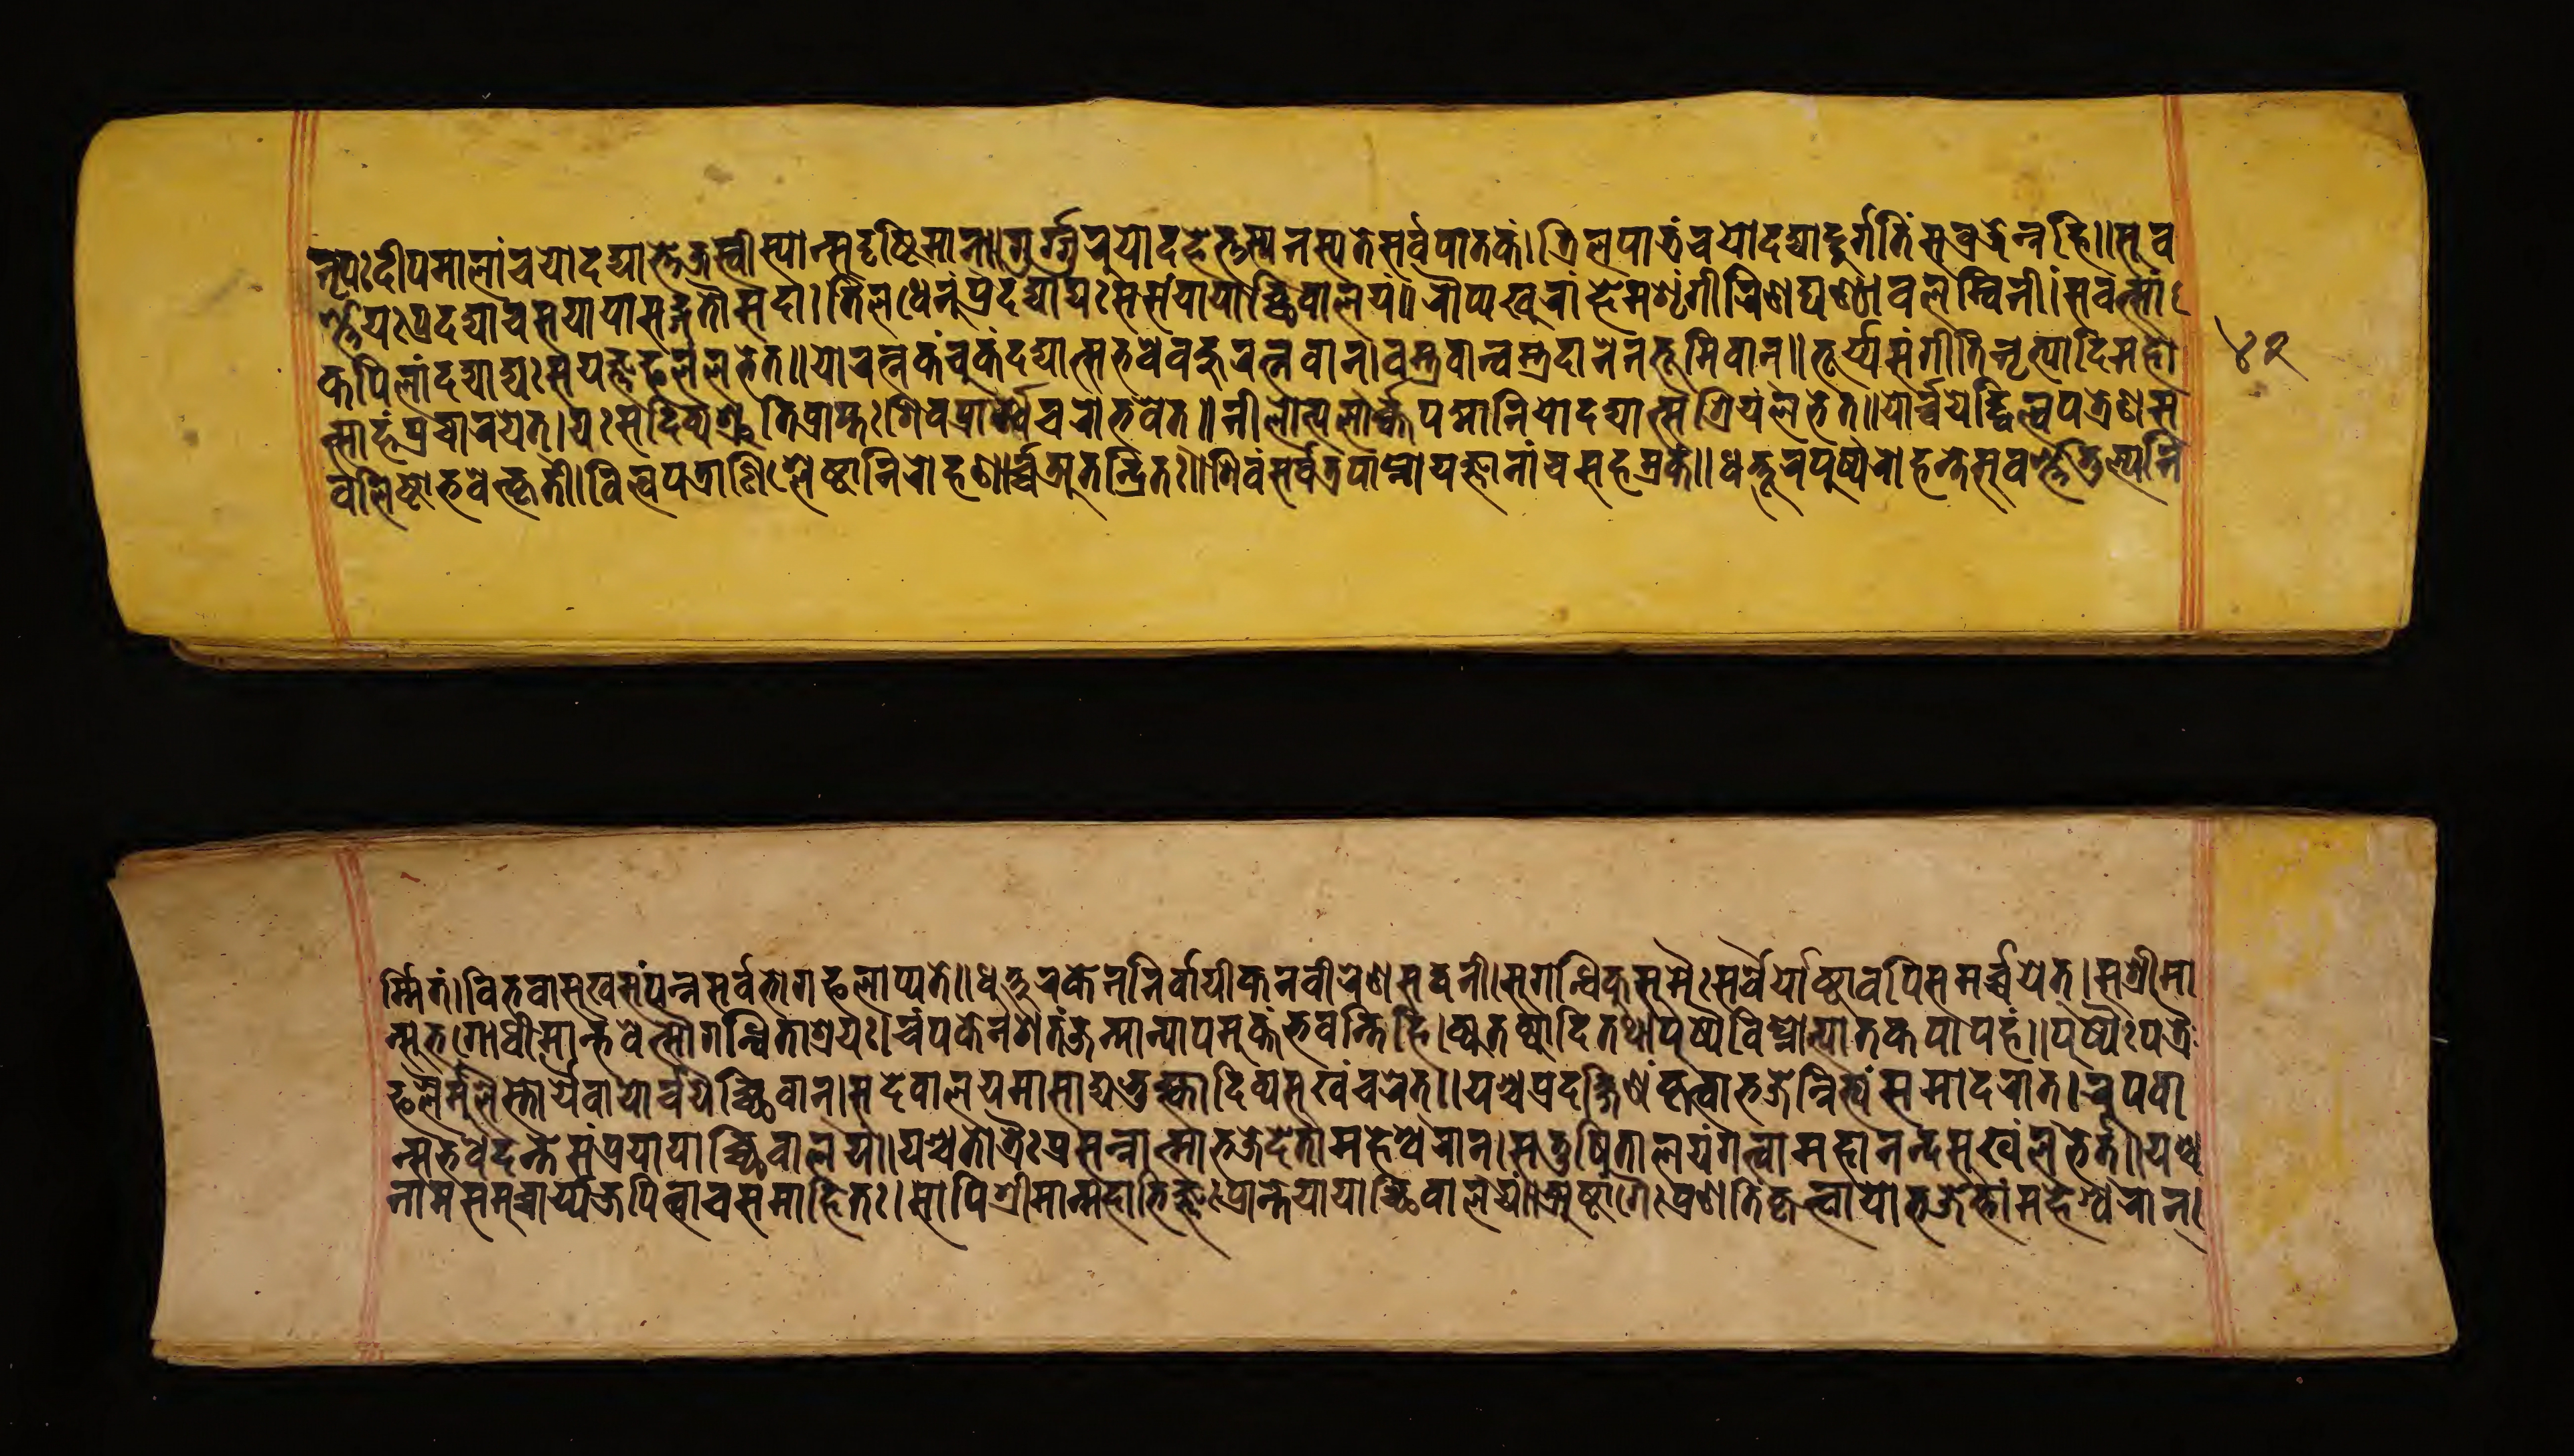
𑐣𑐺𑐥𑑅𑐡𑐷𑐥𑐩𑐵𑐮𑐵𑑄𑐔𑐫𑑀𑐡𑐡𑑂𑐫𑐵𑐟𑑂𑐟𑐾𑐖𑐳𑑂𑐰𑐷𑐳𑑂𑐫𑐵𑐟𑑂𑐳𑐸𑐡𑐺𑐲𑑂𑐚𑐶𑐩𑐵𑐣𑑂॥𑐐𑐸𑐐𑑂𑐐𑐸𑐬𑐸𑑄𑐫𑑀𑐡𑐴𑐾𑐟𑑂𑐟𑐳𑑂𑐫𑐣𑐱𑑂𑐫𑐟𑐾𑐳𑐬𑑂𑐰𑐥𑐵𑐟𑐎𑑄।𑐟𑐶𑐮𑐥𑐵𑐟𑑂𑐬𑑄𑐔𑐫𑑀𑐡𑐡𑑂𑐫𑐵𑐡𑐸𑐬𑑂𑐐𑑂𑐐𑐟𑐶𑐳𑐰𑑂𑐬𑐖𑐾𑐣𑑂𑐣𑐴𑐶॥𑐳𑐸𑐰 𑐬𑑂𑐞𑑄𑐫𑐾𑐥𑑂𑐬𑐡𑐡𑑂𑐫𑐵𑐔𑑂𑐔𑐳𑐫𑐵𑐫𑐵𑐟𑑂𑐳𑐒𑑂𑐐𑐟𑑁𑐳𑐡𑐵।𑐟𑐶𑐮𑐢𑐾𑐣𑐸𑑄𑐥𑑂𑐬𑐡𑐡𑑂𑐫𑐵𑐡𑑂𑐫𑑀𑑅𑐳𑐳𑑄𑐫𑐵𑐫𑐵𑐔𑑂𑐕𑐶𑐰𑐵𑐮𑐫𑑄॥𑐬𑑁𑐥𑑂𑐫𑐏𑐸𑐬𑐵𑑄𑐴𑐾𑐩𑐱𑐺𑑄𑐐𑐷𑐬𑐞𑐡𑑂𑐑𑐞𑑂𑐛𑐵𑐰𑐮𑑄𑐰𑐶𑐣𑐷॥𑐳𑐰𑐟𑑂𑐳𑐵𑑄 𑐎𑐥𑐶𑐮𑐵𑑄𑐡𑐡𑑂𑐫𑐵𑐡𑑂𑐫𑑅𑐳𑐫𑐖𑑂𑐘𑐦𑐥𑐶𑐮𑑄𑐮𑐨𑐾𑐟𑑂॥𑐫𑑀𑐬𑐟𑑂𑐣𑐎𑑄𑐔𑐸𑐎𑑄𑐡𑐡𑑂𑐫𑐵𑐟𑑂𑐳𑐨𑐰𑐾𑐡𑑂𑐧𑐴𑐸𑐬𑐟𑑂𑐣𑐰𑐵𑐣𑑂।𑐰𑐳𑑂𑐟𑑂𑐬𑐰𑐵𑐣𑑂𑐰𑐳𑑂𑐟𑑂𑐬𑐡𑐵𑐣𑐾𑐣𑐨𑐹𑐩𑐶𑐡𑐵𑐣𑐾𑐣𑐨𑐹𑐩𑐶𑐰𑐵𑐣𑑂॥𑐟𑐹𑐬𑑂𑐫𑐳𑑄𑐐𑐷𑐟𑐶𑐣𑐺𑐟𑑂𑐫𑐵𑐡𑐶𑐩𑐴𑑀𑐟𑑂𑐳𑐵𑐴 𑐥𑑂𑐬𑐔𑐵𑐬𑐫𑐾𑐟𑑂।𑐫𑑅𑐳𑐡𑐶𑐰𑑂𑐫𑐱𑑂𑐬𑐸𑐟𑐶𑐥𑑂𑐬𑐵𑐥𑑂𑐟𑑅𑐱𑐶𑐰𑐥𑐵𑐬𑑂𑐱𑑂𑐰𑐔𑐬𑑀𑐨𑐰𑐾𑐟𑑂॥𑐣𑐷𑐮𑑀𑐟𑑂𑐥𑐮𑐵𑐬𑑂𑐎𑐥𑐡𑑂𑐩𑐵𑐣𑐶𑐫𑑀𑐡𑐡𑑂𑐫𑐵𑐟𑑂𑐳𑐱𑑂𑐬𑐶𑐫𑑄𑐮𑐨𑐾𑐟𑑂॥𑐫𑑀𑐬𑑂𑐔𑐫𑐾𑐡𑑂𑐰𑐶𑐮𑑂𑐰𑐥𑐟𑑂𑐬𑐾𑐞𑐳 𑐧𑐮𑐶𑐲𑑂𑐛𑑀𑐨𑐰𑐾𑐟𑑂𑐎𑐺𑐟𑐷॥𑐰𑐶𑐮𑐫𑐐𑑂𑐬𑐞𑐶𑐱𑑂𑐬𑐾𑐲𑑂𑐛𑐵𑐣𑐶𑐬𑑀𑐴𑐱𑐬𑑂𑐰𑑂𑐰𑐀𑐟𑐣𑑂𑐡𑑂𑐬𑐶𑐟𑑅॥𑐱𑐶𑐰𑑄𑐳𑐬𑑂𑐰𑐟𑑂𑐬𑐥𑐵𑐥𑑂𑐣𑑀𑐫𑐧𑑂𑐨𑐵𑐣𑐵𑑄𑐔𑐳𑐴𑐳𑑂𑐬𑐎𑑄॥𑐢𑐟𑑂𑐟𑐸𑐬𑐥𑐸𑐲𑑂𑐥𑐬𑑀𑐴𑐣𑑂𑐟𑐾𑐳𑐰𑐣𑑂𑐨𑐐𑑂𑐬𑐶𑐮𑑂𑐫𑐣𑐶 𑐬𑑂𑐩𑑂𑐩𑐟𑑄॥𑐰𑐶𑐨𑐰𑐵𑐳𑐏𑐳𑑄𑐫𑐣𑑂𑐣𑐳𑐬𑑂𑐰𑐨𑐵𑐐𑐒𑐮𑐵𑐫𑑂𑐫𑐟𑐾॥𑐢𑐹𑐚𑑂𑐚𑐬𑐎𑐾𑐣𑐣𑐶𑐬𑑂𑐰𑐵𑐬𑑂𑐫𑐎𑐾𑐣𑐰𑐷𑐬𑐾𑐞𑐳𑐡𑑂𑐰𑐣𑐷।𑐳𑐸𑐐𑐣𑑂𑐢𑐶𑐎𑐸𑐳𑐸𑐩𑐿𑑅𑐳𑐬𑑂𑐰𑐿𑐫𑑀𑐲𑑂𑐚𑐵𑐰𑐥𑐶𑐳𑐩𑐬𑑂𑐔𑐫𑐟𑑂।𑐳𑐱𑑂𑐬𑐷𑐩𑐵 𑐣𑑂𑐳𑐸𑐨𑐐𑑀𑐢𑐷𑐩𑐵𑐣𑑂𑐨𑐰𑐾𑐟𑑂𑐳𑑁𑐐𑐣𑑂𑐢𑐶𑐟𑐵𑐱𑑂𑐬𑐫𑑅।𑐔𑑄𑐥𑐎𑐾𑐣𑐱𑐟𑑄𑐖𑐣𑑂𑐩𑐵𑐣𑑂𑐫𑐵𑐥𑐩𑐸𑐎𑑂𑐟𑑄𑐨𑐰𑐣𑑂𑐟𑐶𑐴𑐶।𑐎𑑂𑐫𑐟𑐎𑑂𑐫𑐵𑐡𑐶𑐟𑐠𑐵𑐥𑐸𑐲𑑂𑐥𑐰𑐶𑐑𑑂𑐬𑑀𑐟𑑂𑐥𑐵𑐟𑐎𑐥𑐵𑐥𑐴𑑄॥𑐥𑐸𑐲𑑂𑐥𑐿𑑅𑐥𑐟𑑂𑐬𑐿 𑐦𑐮𑐩𑐹𑐮𑐿𑐳𑑂𑐟𑑀𑐟𑑂𑐬𑐿𑐬𑑂𑐰𑐵𑐫𑑀𑐬𑑂𑐔𑐫𑐾𑐔𑑂𑐕𑐶𑐰𑐵𑐣𑑂।𑐳𑐡𑐾𑐰𑐵𑐮𑐫𑐩𑐵𑐳𑐵𑐡𑑂𑐫𑐨𑐸𑐎𑑂𑐟𑑂𑐰𑐵𑐡𑐶𑐰𑑂𑐫𑐳𑐸𑐏𑑄𑐔𑐬𑐾𑐟𑑂॥𑐫𑐱𑑂𑐔𑐥𑑂𑐬𑐡𑐎𑑂𑐲𑐶𑐞𑐵𑑄𑐎𑐺𑐟𑑂𑐰𑐵𑐨𑐖𑐾𑐣𑑂𑐣𑐶𑐟𑑂𑐫𑑄𑐳𑐩𑐵𑐡𑐬𑐵𑐟𑑂।𑐬𑐹𑐥𑐰𑐵 𑐣𑑂𑐳𑐨𑐰𑐾𑐡𑐣𑑂𑐟𑐾𑐳𑑄𑐥𑑂𑐬𑐫𑐵𑐫𑐵𑐔𑑂𑐕𑐶𑐰𑐵𑐮𑐫𑑄॥𑐫𑐱𑑂𑐔𑐳𑑂𑐟𑑀𑐟𑑂𑐬𑐿𑑅𑐥𑑂𑐬𑐳𑐣𑑂𑐣𑐵𑐟𑑂𑐩𑐵𑐨𑐖𑐾𑐟𑐾𑐟𑐵𑐣𑑂𑐩𑐴𑐾𑐱𑑂𑐰𑐬𑐵𑐣𑑂।𑐳𑐟𑐸𑐥𑐶𑐟𑑂𑐬𑐵𑐮𑐫𑑄𑐐𑐟𑑂𑐰𑐵𑐩𑐴𑐵𑐣𑐣𑑂𑐡𑐳𑐸𑐏𑑄𑐮𑐨𑐾𑐟𑑂॥𑐫𑐱𑑂𑐔 𑐣𑐵𑐩𑐳𑐩𑐸𑐔𑑂𑐔𑐵𑐬𑑂𑐫𑐖𑐥𑐶𑐟𑑂𑐰𑐵𑐔𑐳𑐩𑐵𑐴𑐶𑐟𑑅।𑐳𑑀𑐥𑐶𑐱𑑂𑐬𑐷𑐩𑐵𑐣𑑂𑐩𑐴𑐵𑐨𑐶𑐖𑑂𑐘𑑅𑐥𑑂𑐬𑐵𑐣𑑂𑐟𑐾𑐫𑐵𑐫𑐵𑐔𑑂𑐕𑐶𑐰𑐵𑐮𑐫𑑄॥𑐀𑐲𑑂𑐚𑐵𑑄𑐐𑐿𑑅𑐥𑑂𑐬𑐞𑐟𑐶𑑄𑐎𑐺𑐟𑑂𑐰𑐵𑐫𑑀𑐨𑐖𑐾𑐟𑑂𑐟𑐵𑐣𑑂𑐩𑐴𑐾𑐱𑑂𑐰𑐬𑐵𑐣𑑂। 𑑔𑑒